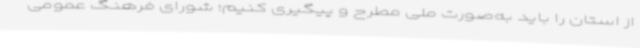
از استان را باید به‌صورت ملی مطرح و پیگیری کنیم؛ شورای فرهنگ عمومی